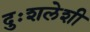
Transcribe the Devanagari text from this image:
दुःशलेशी